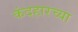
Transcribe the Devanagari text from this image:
कंदहारच्या